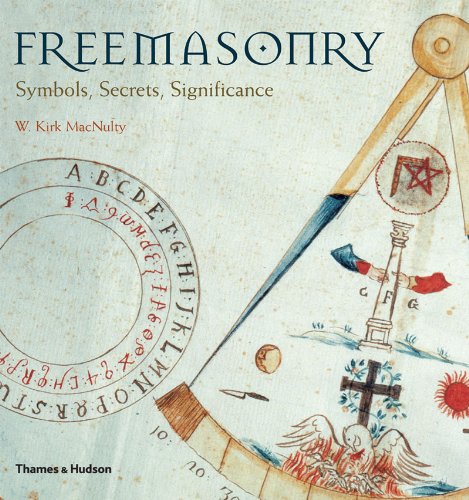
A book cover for Freemasonry: Symbols, Secrets, Significance; W. Kirk MacNulty; Religion & Spirituality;